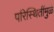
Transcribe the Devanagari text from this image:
परिस्थितींमुळे